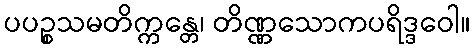
ပပဉ္စသမတိက္ကန္တေ၊ တိဏ္ဏသောကပရိဒ္ဒဝေါ။